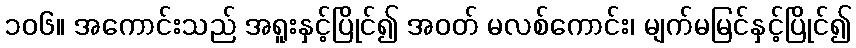
၁၀၆။ အကောင်းသည် အရူးနှင့်ပြိုင်၍ အဝတ် မလစ်ကောင်း၊ မျက်မမြင်နှင့်ပြိုင်၍